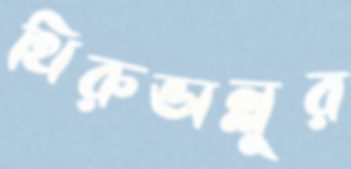
থিরুভাল্লুর